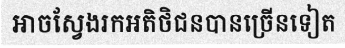
អាចស្វែងរកអតិថិជនបានច្រើនទៀត